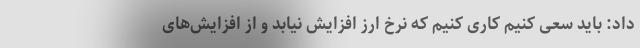
داد: باید سعی کنیم کاری کنیم که نرخ ارز افزایش نیابد و از افزایش‌های